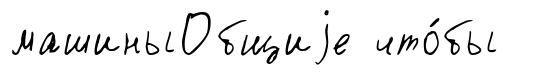
машиныОбщиjе что́бы